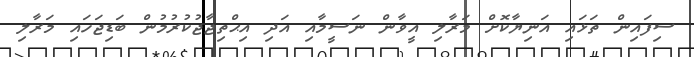
ސިފައިން ތަޅައި އަނިޔާކޮށް މަރާލި އީވާން ނަސީމާއި އަދި އިޙްތިޖާޖުކުރުމުން ބަޑިޖަހައި މަރާލި